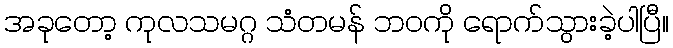
အခုတော့ ကုလသမဂ္ဂ သံတမန် ဘဝကို ရောက်သွားခဲ့ပါပြီ။